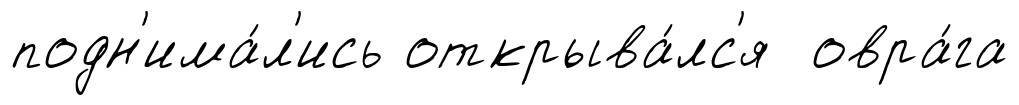
подн'има́л'ись открыва́лс'я овра́га